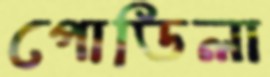
পোডিলা